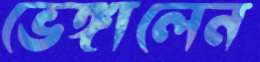
ভেঙ্গালেন